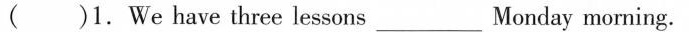
( )1. We have three lessons ___ Monday morning.